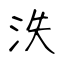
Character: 泆